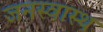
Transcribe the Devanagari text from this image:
जनस्वास्थ